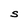
Character: S